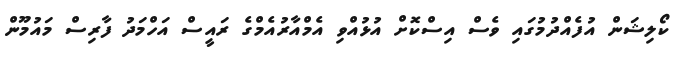
ކޯލިޝަން އުފެއްދުމުގައި ވެސް އިސްކޮށް އުޅުއްވި އެމްއާރުއެމްގެ ރައީސް އަހްމަދު ފާރިސް މައުމޫން